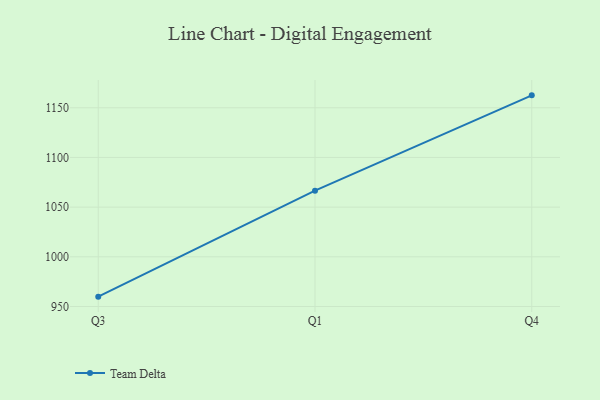
{"axis": {"x": "Quarter", "y": "Population (Million)"}, "legend": ["Team Delta"], "data": [{"x": "Q3", "y": 959.9, "type": "Team Delta"}, {"x": "Q1", "y": 1066.6, "type": "Team Delta"}, {"x": "Q4", "y": 1162.5, "type": "Team Delta"}]}